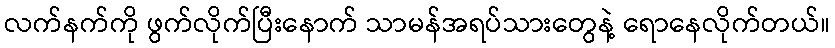
လက်နက်ကို ဖွက်လိုက်ပြီးနောက် သာမန်အရပ်သားတွေနဲ့ ရောနေလိုက်တယ်။